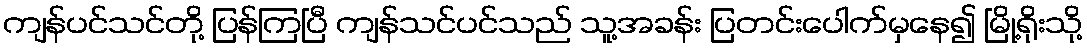
ကျန်ပင်သင်တို့ ပြန်ကြပြီ ကျန်သင်ပင်သည် သူ့အခန်း ပြတင်းပေါက်မှနေ၍ မြို့ရိုးသို့